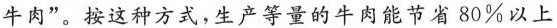
牛肉”。按这种方式，生产等量的牛肉能节省80%以上